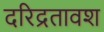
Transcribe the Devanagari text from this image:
दरिद्रतावश